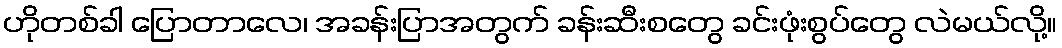
ဟိုတစ်ခါ ပြောတာလေ၊ အခန်းပြာအတွက် ခန်းဆီးစတွေ ခင်းဖုံးစွပ်တွေ လဲမယ်လို့။